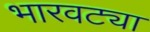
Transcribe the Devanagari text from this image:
भारवट्या